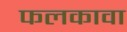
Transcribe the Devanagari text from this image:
फलकावा